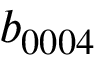
b _ { 0 0 0 4 }